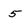
Character: 5